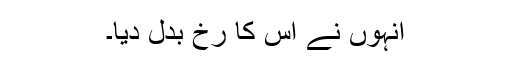
انہوں نے اس کا رخ بدل دیا۔